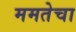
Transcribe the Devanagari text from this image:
ममतेचा